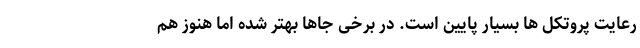
رعایت پروتکل ها بسیار پایین است. در برخی جاها بهتر شده اما هنوز هم